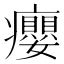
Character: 癭